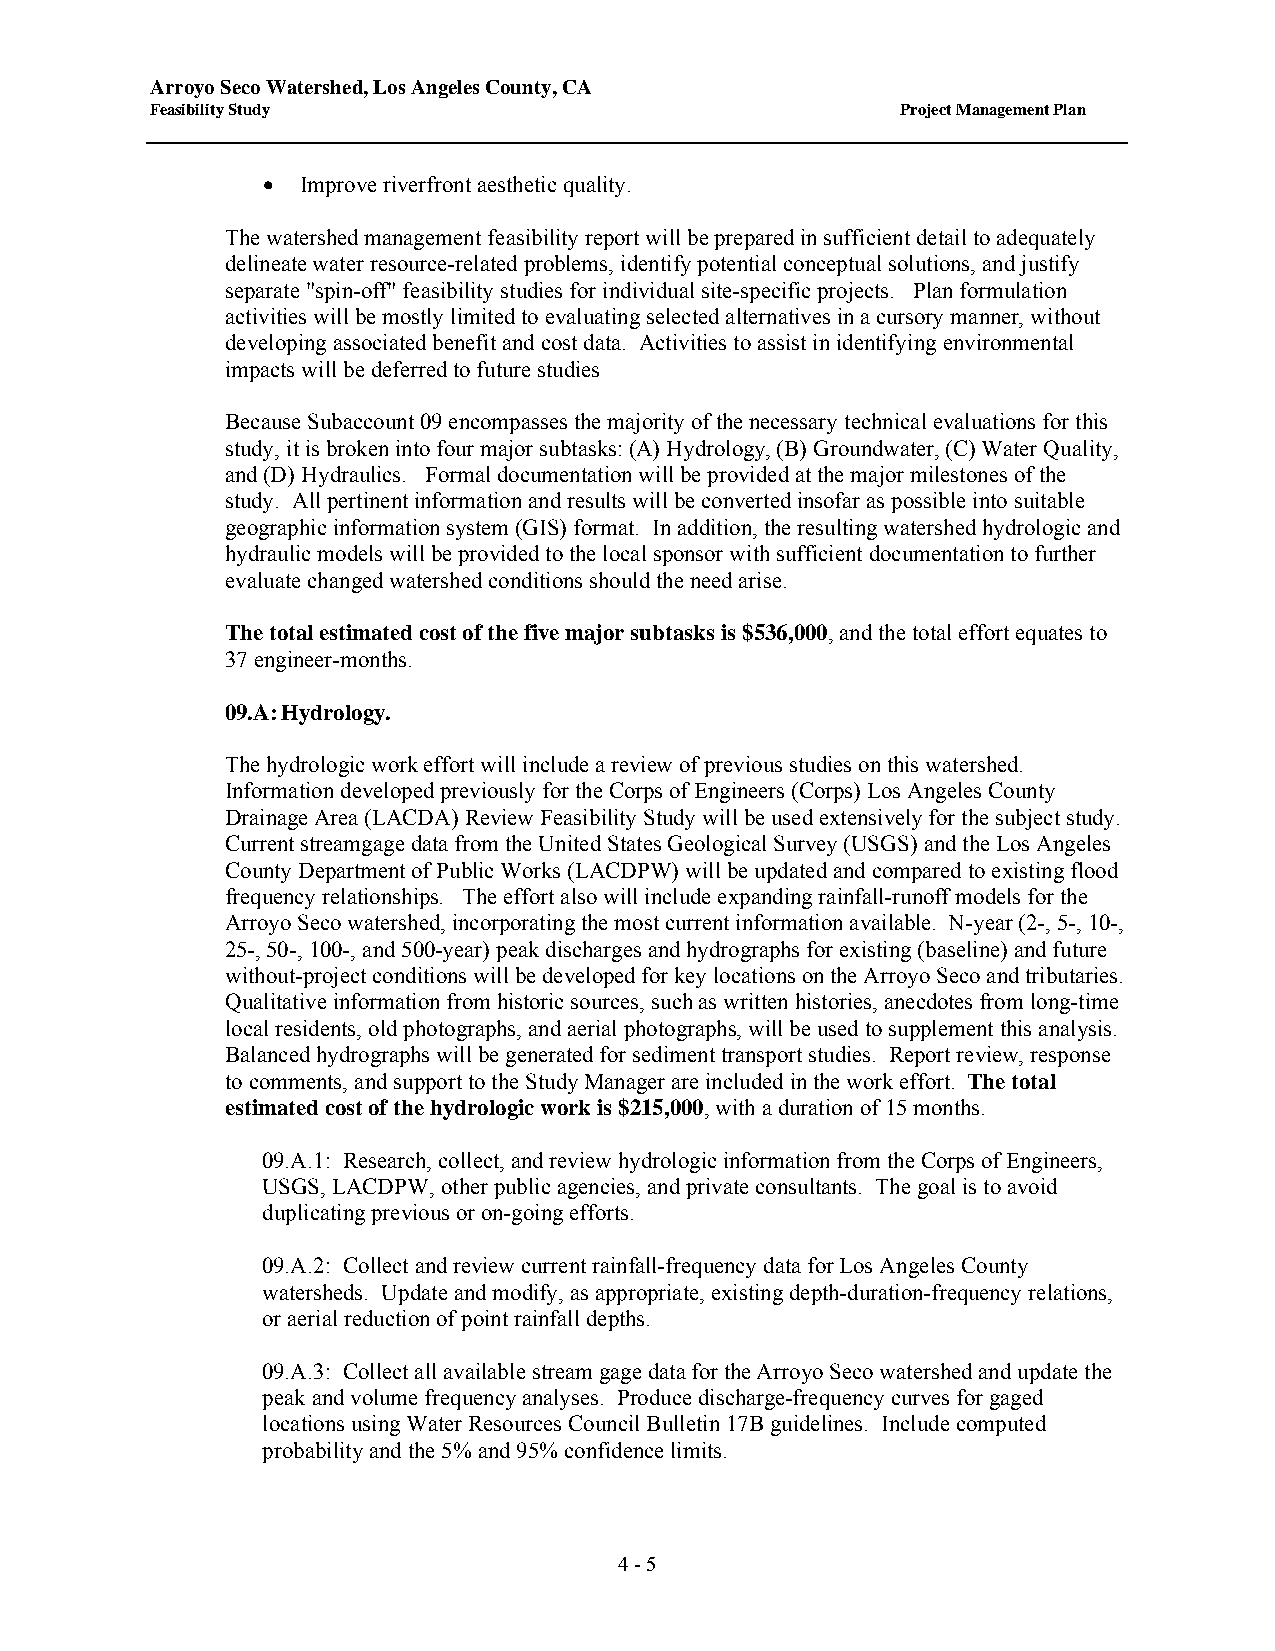
Arroyo Seco Watershed, Los Angeles County, CA
 Feasibility Study                                 Project Management Plan
 •  Improve riverfront aesthetic quality.
 The watershed management feasibility report will be prepared in sufficient detail to adequately
 delineate water resource-related problems, identify potential conceptual solutions, and justify
 separate "spin-off" feasibility studies for individual site-specific projects. Plan formulation
 activities will be mostly limited to evaluating selected alternatives in a cursory manner, without
 developing associated benefit and cost data. Activities to assist in identifying environmental
 impacts will be deferred to future studies
 Because Subaccount 09 encompasses the majority of the necessary technical evaluations for this
 study, it is broken into four major subtasks: (A) Hydrology, (B) Groundwater, (C) Water Quality,
 and (D) Hydraulics. Formal documentation will be provided at the major milestones of the
 study. All pertinent information and results will be converted insofar as possible into suitable
 geographic information system (GIS) format. In addition, the resulting watershed hydrologic and
 hydraulic models will be provided to the local sponsor with sufficient documentation to further
 evaluate changed watershed conditions should the need arise.
 The total estimated cost of the five major subtasks is $536,000, and the total effort equates to
 37 engineer-months.
 09.A: Hydrology.
 The hydrologic work effort will include a review of previous studies on this watershed.
 Information developed previously for the Corps of Engineers (Corps) Los Angeles County
 Drainage Area (LACDA) Review Feasibility Study will be used extensively for the subject study.
 Current streamgage data from the United States Geological Survey (USGS) and the Los Angeles
 County Department of Public Works (LACDPW) will be updated and compared to existing flood
 frequency relationships. The effort also will include expanding rainfall-runoff models for the
 Arroyo Seco watershed, incorporating the most current information available. N-year (2-, 5-, 10-,
 25-, 50-, 100-, and 500-year) peak discharges and hydrographs for existing (baseline) and future
 without-project conditions will be developed for key locations on the Arroyo Seco and tributaries.
 Qualitative information from historic sources, such as written histories, anecdotes from long-time
 local residents, old photographs, and aerial photographs, will be used to supplement this analysis.
 Balanced hydrographs will be generated for sediment transport studies. Report review, response
 to comments, and support to the Study Manager are included in the work effort. The total
 estimated cost of the hydrologic work is $215,000, with a duration of 15 months.
 09.A.1: Research, collect, and review hydrologic information from the Corps of Engineers,
 USGS, LACDPW, other public agencies, and private consultants. The goal is to avoid
 duplicating previous or on-going efforts.
 09.A.2: Collect and review current rainfall-frequency data for Los Angeles County
 watersheds. Update and modify, as appropriate, existing depth-duration-frequency relations,
 or aerial reduction of point rainfall depths.
 09.A.3: Collect all available stream gage data for the Arroyo Seco watershed and update the
 peak and volume frequency analyses. Produce discharge-frequency curves for gaged
 locations using Water Resources Council Bulletin 17B guidelines. Include computed
 probability and the 5% and 95% confidence limits.
 4 - 5